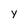
Character: y